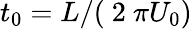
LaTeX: {{t}_{0}}={L}/{\left(\mathrm{~2~}\pi{{U}_{0}}\right)}